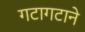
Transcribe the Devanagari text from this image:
गटागटाने